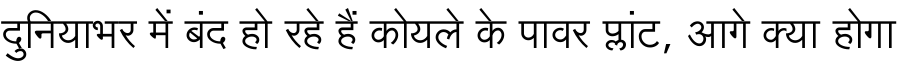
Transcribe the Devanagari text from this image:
दुनियाभर में बंद हो रहे हैं कोयले के पावर प्लांट, आगे क्या होगा